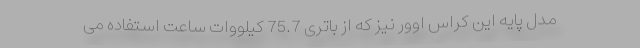
مدل پایه این کراس اوور نیز که از باتری 75.7 کیلووات ساعت استفاده می